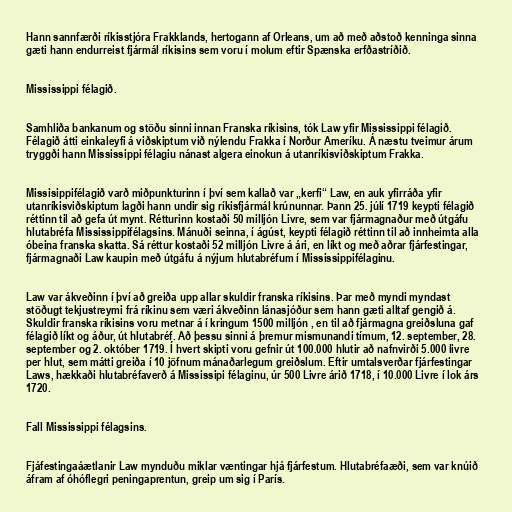
Hann sannfærði ríkisstjóra Frakklands, hertogann af Orleans, um að með aðstoð kenninga sinna
gæti hann endurreist fjármál ríkisins sem voru í molum eftir Spænska erfðastríðið.

Mississippi félagið.

Samhliða bankanum og stöðu sinni innan Franska ríkisins, tók Law yfir Mississippi félagið.
Félagið átti einkaleyfi á viðskiptum við nýlendu Frakka í Norður Ameríku. Á næstu tveimur árum
tryggði hann Mississippi félagiu nánast algera einokun á utanríkisviðskiptum Frakka.

Missisippifélagið varð miðpunkturinn í því sem kallað var „kerfi“ Law, en auk yfirráða yfir
utanríkisviðskiptum lagði hann undir sig ríkisfjármál krúnunnar. Þann 25. júlí 1719 keypti félagið
réttinn til að gefa út mynt. Rétturinn kostaði 50 milljón Livre, sem var fjármagnaður með útgáfu
hlutabréfa Mississippifélagsins. Mánuði seinna, í ágúst, keypti félagið réttinn til að innheimta alla
óbeina franska skatta. Sá réttur kostaði 52 milljón Livre á ári, en líkt og með aðrar fjárfestingar,
fjármagnaði Law kaupin með útgáfu á nýjum hlutabréfum í Mississippifélaginu.

Law var ákveðinn í því að greiða upp allar skuldir franska ríkisins. Þar með myndi myndast
stöðugt tekjustreymi frá ríkinu sem væri ákveðinn lánasjóður sem hann gæti alltaf gengið á.
Skuldir franska ríkisins voru metnar á í kringum 1500 milljón , en til að fjármagna greiðsluna gaf
félagið líkt og áður, út hlutabréf. Að þessu sinni á þremur mismunandi tímum, 12. september, 28.
september og 2. október 1719. Í hvert skipti voru gefnir út 100.000 hlutir að nafnvirði 5.000 livre
per hlut, sem mátti greiða í 10 jöfnum mánaðarlegum greiðslum. Eftir umtalsverðar fjárfestingar
Laws, hækkaði hlutabréfaverð á Mississipi félaginu, úr 500 Livre árið 1718, í 10.000 Livre í lok árs
1720.

Fall Mississippi félagsins.

Fjáfestingaáætlanir Law mynduðu miklar væntingar hjá fjárfestum. Hlutabréfaæði, sem var knúið
áfram af óhóflegri peningaprentun, greip um sig í París.